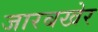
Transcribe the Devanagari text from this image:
जारबखेर